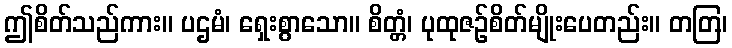
ဤစိတ်သည်ကား။ ပဌမံ၊ ရှေးစွာသော။ စိတ္တံ၊ ပုထုဇဉ်စိတ်မျိုးပေတည်း။ တတြ၊